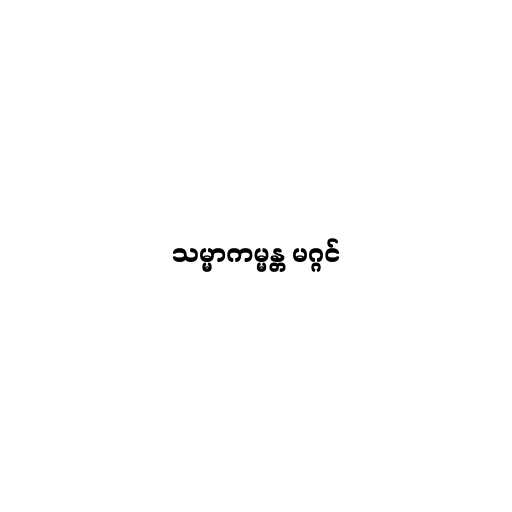
သမ္မာကမ္မန္တ မဂ္ဂင်